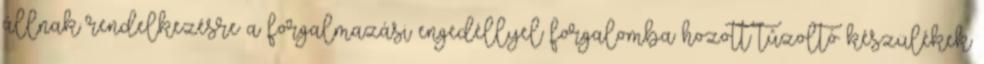
állnak rendelkezésre a forgalmazási engedéllyel forgalomba hozott tûzoltó készülékek